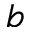
b